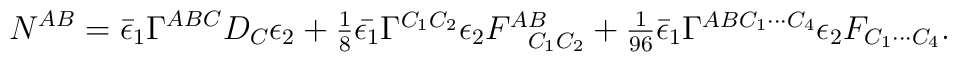
N^{AB}=\bar{\epsilon}_1\Gamma^{ABC}D_C\epsilon_2+\textstyle{1\over 8}\bar{\epsilon_1}\Gamma^{C_1C_2}\epsilon_2F^{AB}_{\ \ C_1C_2}+\textstyle{1\over{96}}\bar{\epsilon}_1\Gamma^{ABC_1\cdots C_4}\epsilon_2F_{C_1\cdots C_4}.